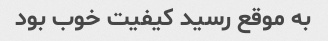
به موقع رسید کیفیت خوب بود